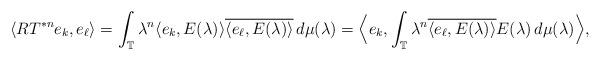
LaTeX: \begin{align*}\langle RT^{*n}e_k,e_\ell \rangle =\int_{\mathbb{T}}\lambda^{n} \langle e_k,E(\lambda) \rangle\overline{\langle e_\ell , E(\lambda) \rangle} \, d\mu(\lambda)=\Big\langle e_k,\int_{\mathbb{T}}\lambda^{n}\overline{\langle e_\ell , E(\lambda)\rangle} E(\lambda)\,d\mu(\lambda) \Big\rangle,\end{align*}